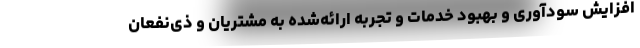
افزایش سودآوری و بهبود خدمات و تجربه ارائه‌شده به مشتریان و ذی‌نفعان